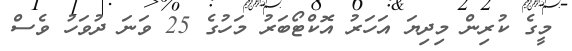
މީގެ ކުރިން މިދިޔަ އަހަރު އޮކްޓޯބަރު މަހުގެ 25 ވަނަ ދުވަހު ވެސް